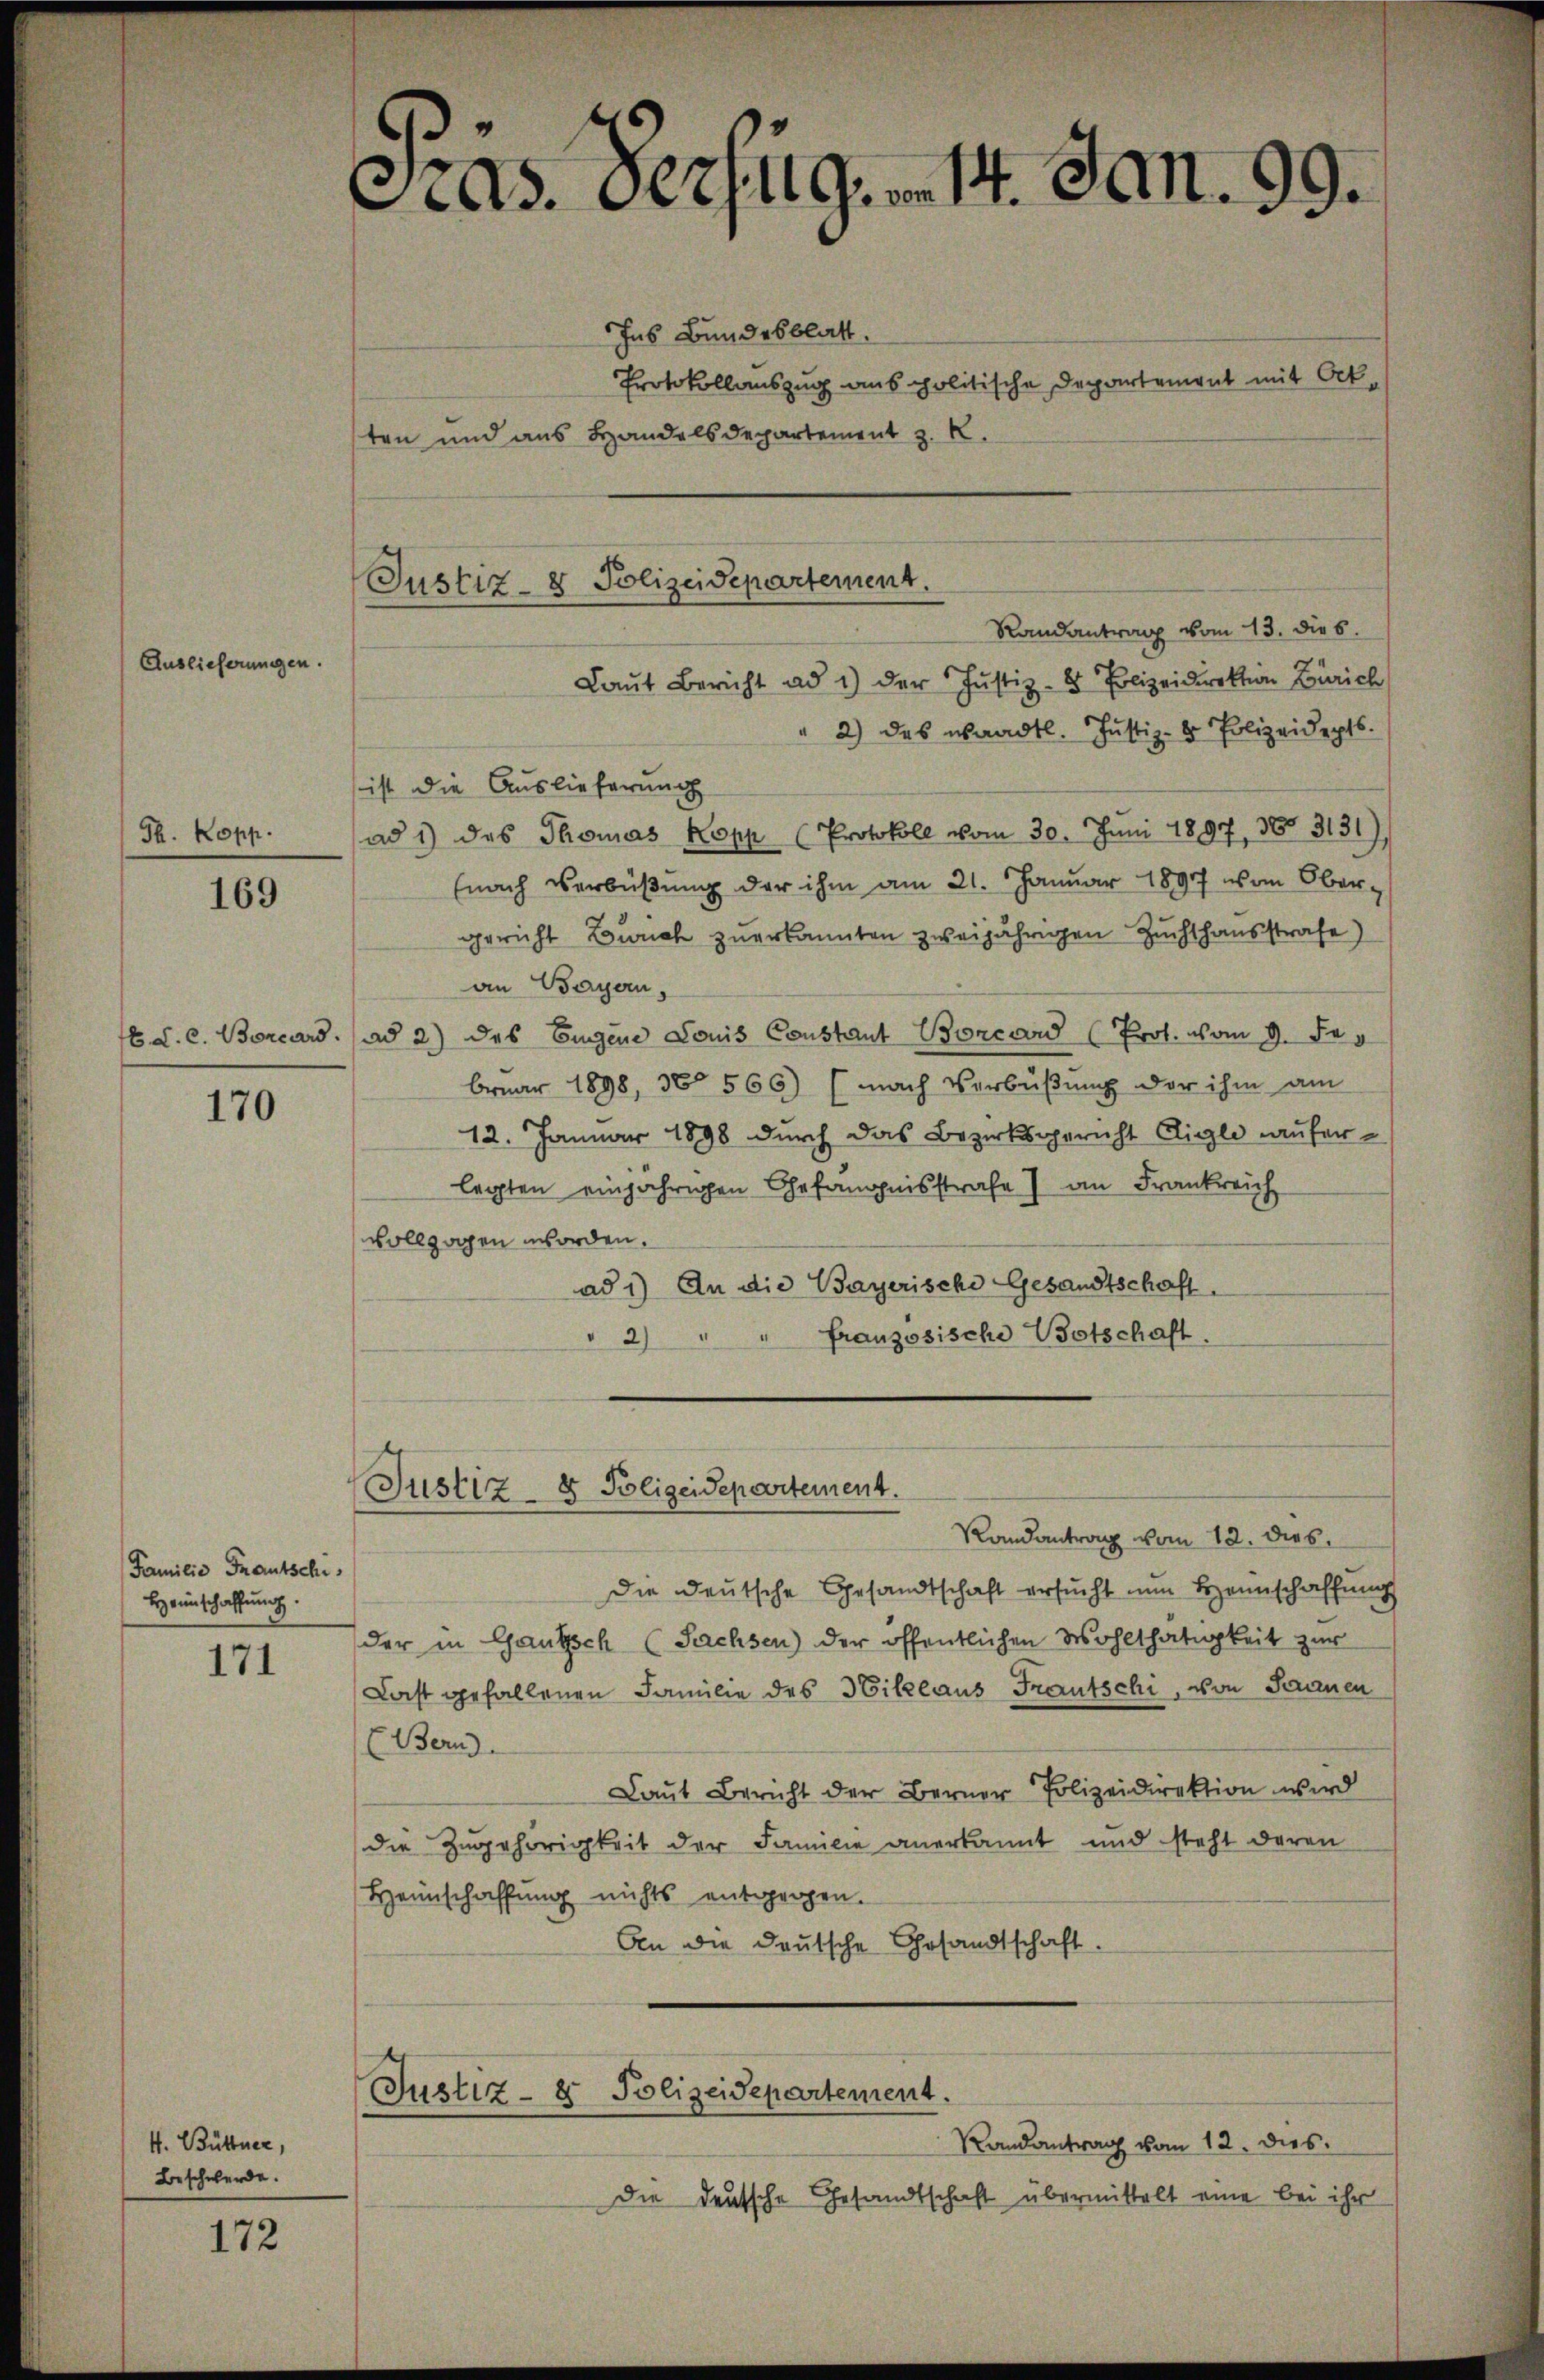
Th. Kopp.

169

170

Familie Frautschi,
Heimschaffung.

171

4. Büttner,
Beschwerde.

172

Auslieferungen.

As. Bezug von 14. Jan.
99.

Ins Bundesblatt.
Protokollauszug aus politische Departement mit Orkten und aus Handelsdepartement z. K.
Laut Bericht ad 1) der Justiz- & Polizeidirektion Zürich
2) das waadtl. Justiz- & Polizeidepts.
ist die Auslieferung
ad 1) das Thomas Kopp (Protokoll vom 30. Jŭni 1897, 365 3131)
(nach Verbüßung der ihm am 21. Januar 1897 von Obergericht Zürich zuerkannten zweijährigen Zuchthausstrafe
an Bayern,
16. d. c. Borcard. (ad 2) des Eigene Louis Constant Boncord (Prof. vom 9. Sep
bruar 1898, No 566) (nach Verbüßung der ihm am
12. Januar 1898 durch das Bezirksgericht Aigle Lauferlegten einjährigen Gefängnisstrafe 7 an Frankreich
vollzogen worden.
ad 1) An die Bayerische Gesandtschaft.
französische Botschaft.
" 2)

Justiz- & Polizeidepartement.
Randantrag vom 13. die s.

Justiz & Polizeidepartement.

Randantrag vom 12. dies.
Die Deutsche Gesandtschaft ersucht nun Heimschaffung
der in Gautsch (Sachsen) der öffentlichen Wohlthätigkeit zur
Last gefallenen Familie des Hillaus Frautschi, von Saanen
(Bern.
Laut Bericht der Berner Polizeidirektion wird
die Zugehörigkeit der Familie anerkannt und steht daran
Heimschaffung nichts entgegen.
An die deutsche Gesandtschaft.

Justiz- & Polizeidepartement.

Randantrag vom 12. dies
Die deutsche Gesandtschaft übermittelt eine bei ihr